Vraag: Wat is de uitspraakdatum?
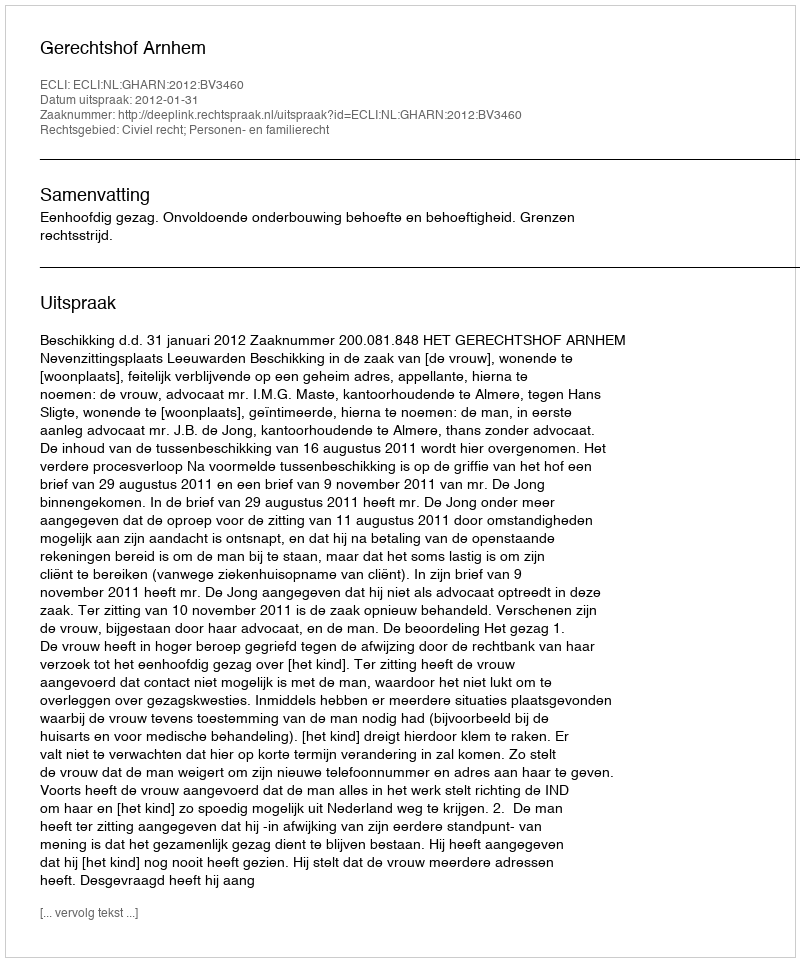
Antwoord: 2012-01-31